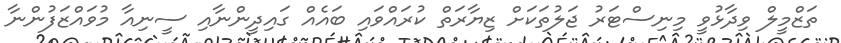
ތަޒްމީލް ވިދާޅުވީ މިނިސްޓަރު ޖަލުތަކަށް ޒިޔާރަތް ކުރައްވައި ބައެއް ގައިދީންނާއި ސީނިއާ މުވައްޒަފުންނާ